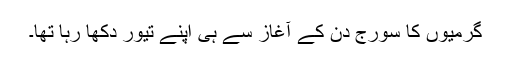
گرمیوں کا سورج دِن کے آغاز سے ہی اپنے تیور دکھا رہا تھا۔